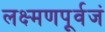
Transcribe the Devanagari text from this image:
लक्ष्मणपूर्वजं